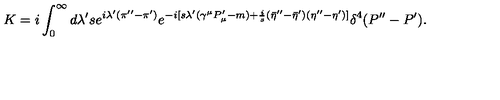
K = i \int _ { 0 } ^ { \infty } d \lambda ^ { \prime } s e ^ { i \lambda ^ { \prime } ( \pi ^ { \prime \prime } - \pi ^ { \prime } ) } e ^ { - i [ s \lambda ^ { \prime } ( \gamma ^ { \mu } P _ { \mu } ^ { \prime } - m ) + { \frac { i } { s } } ( { \bar { \eta } } ^ { \prime \prime } - { \bar { \eta } } ^ { \prime } ) ( \eta ^ { \prime \prime } - \eta ^ { \prime } ) ] } \delta ^ { 4 } ( P ^ { \prime \prime } - P ^ { \prime } ) .